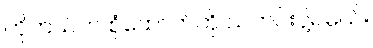
ဟိုတယ်က စုံထောက်ကို သတင်းပို့ရမယ်။